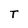
Character: T